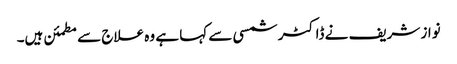
نواز شریف نے ڈاکٹر شمسی سے کہا ہے وہ علاج سے مطمئن ہیں۔